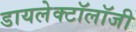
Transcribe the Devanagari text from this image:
डायलेक्टॉलॉजी